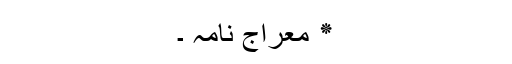
٭ معراج نامہ ۔